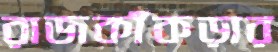
রাজকাঁকড়ার